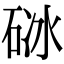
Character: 𥒜